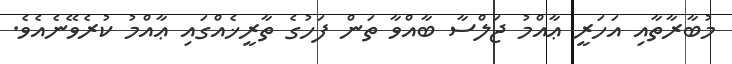
މުބާރާތާއި އަހަރީ ޢާއްމު ޖަލްސާ ބާއްވާ ތަން ފަހުގެ ތާރީޚެއްގައި ޢާއްމު ކުރެވޭނެއެވެ.